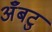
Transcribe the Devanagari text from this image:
अँबटु